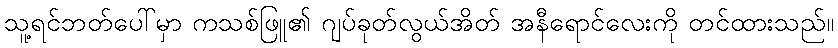
သူ့ရင်ဘတ်ပေါ်မှာ ကသစ်ဖြူ၏ ဂျပ်ခုတ်လွယ်အိတ် အနီရောင်လေးကို တင်ထားသည်။